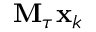
\mathbf { M } _ { \tau } \mathbf { x } _ { k }